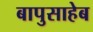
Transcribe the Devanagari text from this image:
बापुसाहेब